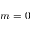
m = 0